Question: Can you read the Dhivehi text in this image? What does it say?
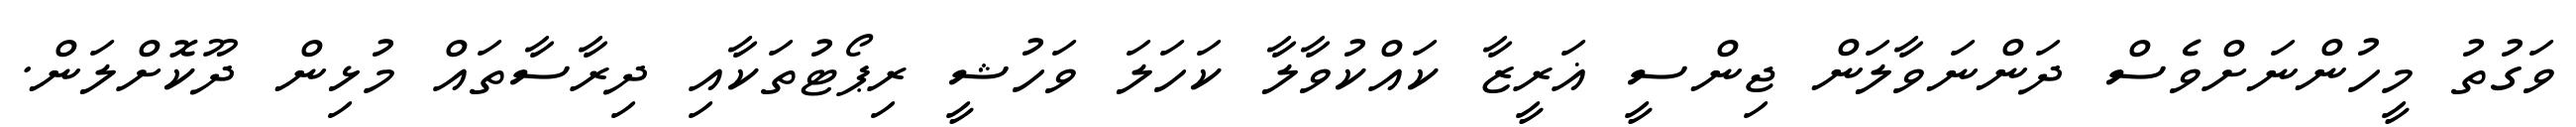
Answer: ވަގުތު މީހުންނަށްވެސް ދަންނަވާލަން ޖިންސީ ޣަރީޒާ ކައްކުވާލާ ކަހަލަ ވަހުޝީ ރިޕޯޓުތަކާއި ދިރާސާތައް މުޅިން ދޫކޮށްލަން.